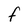
Character: F